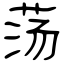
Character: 荡